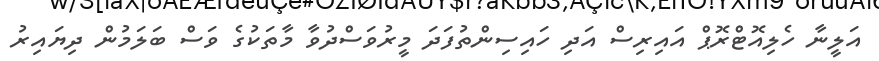
އަލީނާ ހެލިއޮޓްރޮޕް އައިރިސް އަދި ހައިސިންތުފަދަ މީރުވަސްދުވާ މާތަކުގެ ވަސް ބަލަމުން ދިޔައިރު